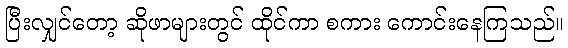
ပြီးလျှင်တော့ ဆိုဖာများတွင် ထိုင်ကာ စကား ကောင်းနေကြသည်။